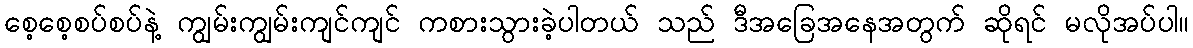
စေ့စေ့စပ်စပ်နဲ့ ကျွမ်းကျွမ်းကျင်ကျင် ကစားသွားခဲ့ပါတယ် သည် ဒီအခြေအနေအတွက် ဆိုရင် မလိုအပ်ပါ။